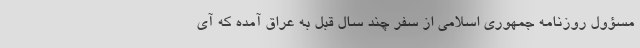
مسؤول روزنامه جمهوری اسلامی از سفر چند سال قبل به عراق آمده که آی